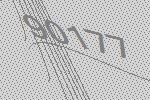
90177